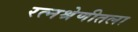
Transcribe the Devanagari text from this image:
रत्नश्रेणीतला